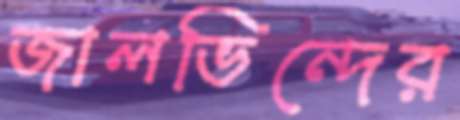
জালভিন্দের